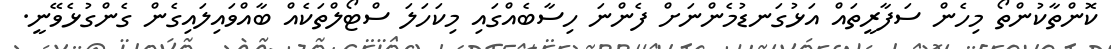
ކޮންތާކުންތޯ މިހެން ސަފާރީތައް އަޅުގަނޑުމެންނަށް ފެންނަ ހިސާބެއްގައި މިކަހަލަ ސްޓޯލްތަކެއް ބާއްވައިލައިގެން ގެންގުޅެވޭނީ.